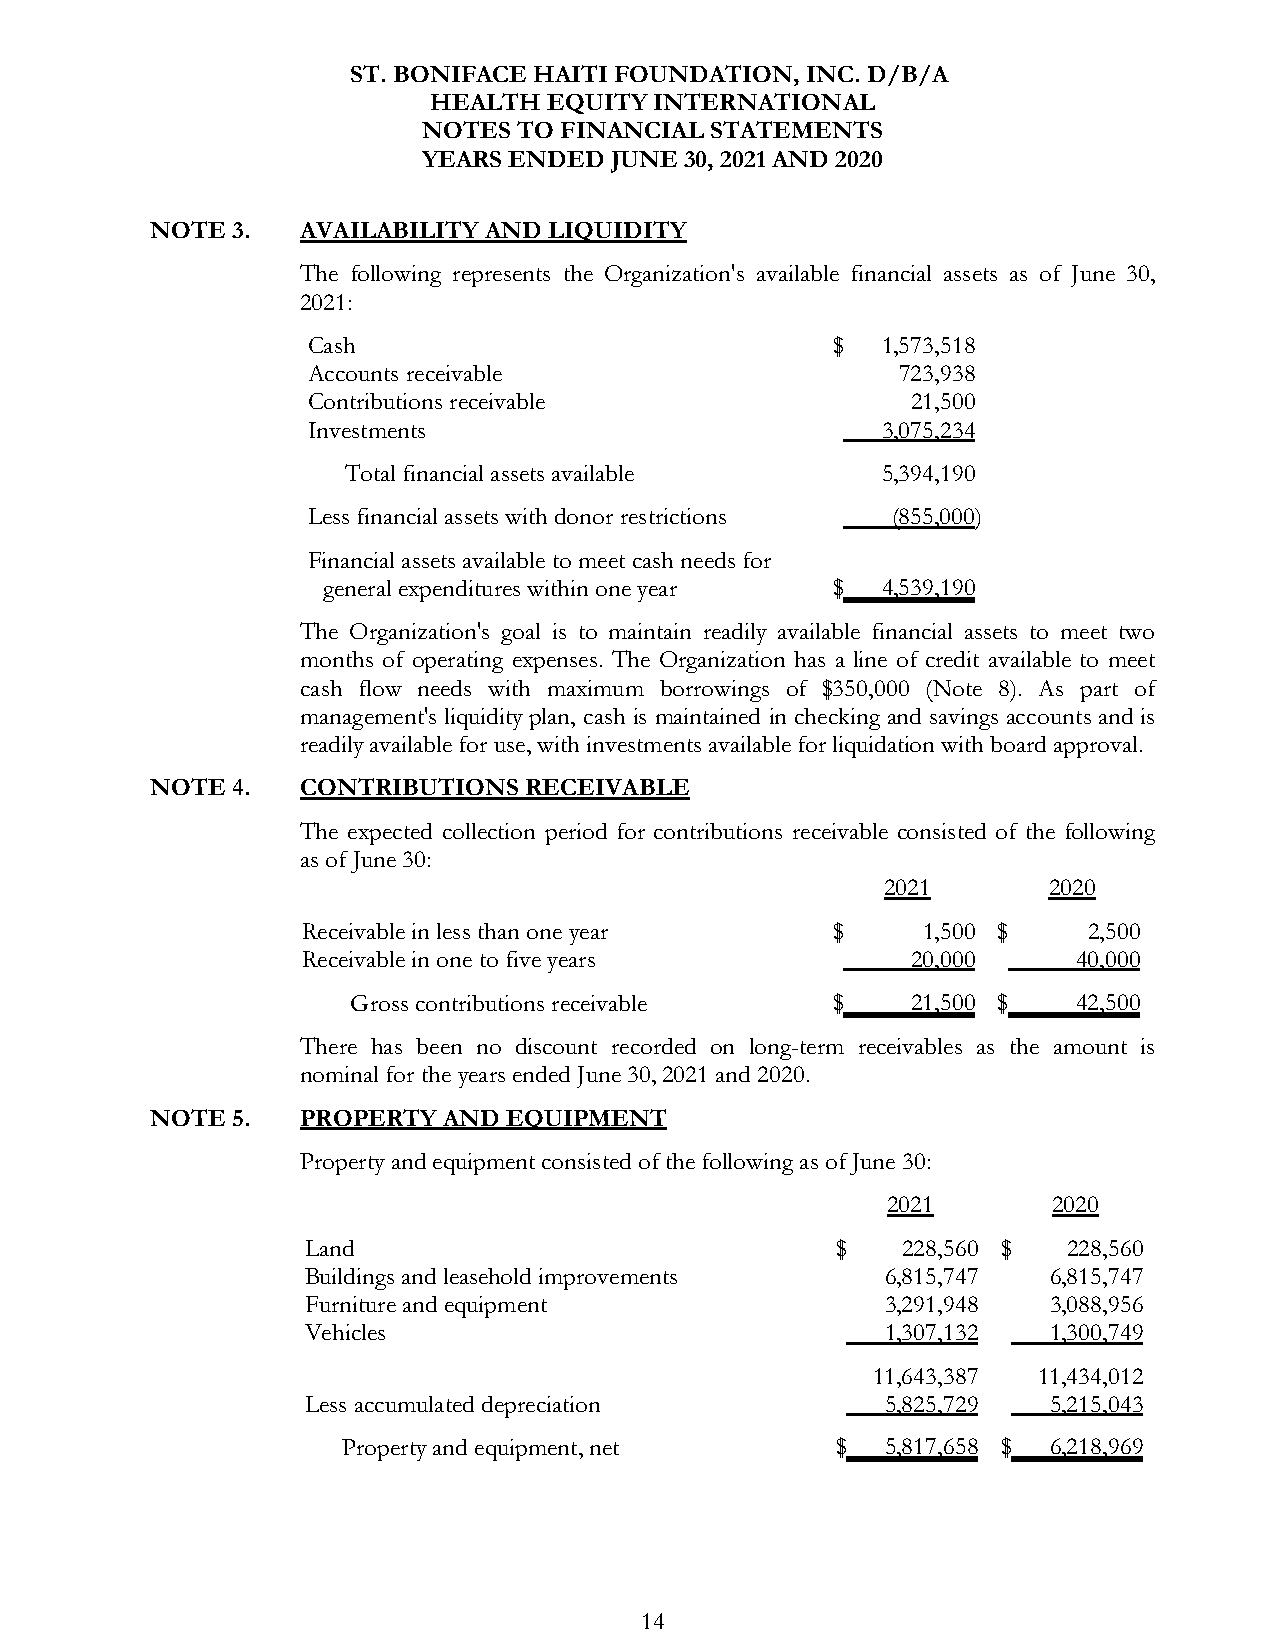
ST. BONIFACE HAITI FOUNDATION, INC. D/B/A
 HEALTH  EQUITY INTERNATIONAL
 NOTES TO FINANCIAL STATEMENTS
 YEARS ENDED JUNE 30, 2021 AND 2020
 NOTE 3.   AVAILABILITY AND LIQUIDITY
 The following represents the Organization's available financial assets as of June 30,
 2021:
 Cash                               $  1,573,518
 Accounts receivable                     723,938
 Contributions receivable                21,500
 Investments                           3,075,234
 Total financial assets available   5,394,190
 Less financial assets with donor restrictions (855,000)
 Financial assets available to meet cash needs for
 general expenditures within one year $ 4,539,190
 The Organization's goal is to maintain readily available financial assets to meet two
 months of operating expenses. The Organization has a line of credit available to meet
 cash flow needs with maximum borrowings of $350,000 (Note 8). As part of
 management's liquidity plan, cash is maintained in checking and savings accounts and is
 readily available for use, with investments available for liquidation with board approval.
 NOTE 4.   CONTRIBUTIONS  RECEIVABLE
 The expected collection period for contributions receivable consisted of the following
 as of June 30:
 2021      2020
 Receivable in less than one year   $     1,500 $    2,500
 Receivable in one to five years         20,000     40,000
 Gross contributions receivable  $    21,500 $   42,500
 There has been no discount recorded on long-term receivables as the amount is
 nominal for the years ended June 30, 2021 and 2020.
 NOTE 5.   PROPERTY AND  EQUIPMENT
 Property and equipment consisted of the following as of June 30:
 2021       2020
 Land                               $    228,560 $  228,560
 Buildings and leasehold improvements   6,815,747  6,815,747
 Furniture and equipment                3,291,948  3,088,956
 Vehicles                               1,307,132  1,300,749
 11,643,387 11,434,012
 Less accumulated depreciation          5,825,729  5,215,043
 Property and equipment, net     $   5,817,658 $ 6,218,969
 14